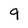
Character: 9